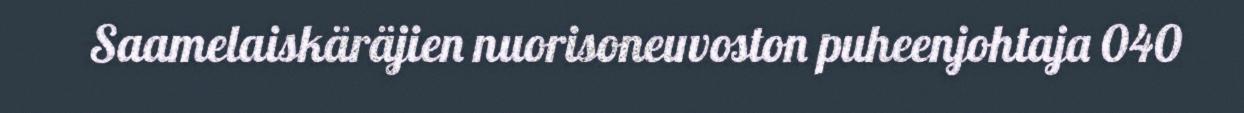
Saamelaiskäräjien nuorisoneuvoston puheenjohtaja 040